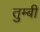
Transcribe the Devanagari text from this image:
तुम्बी